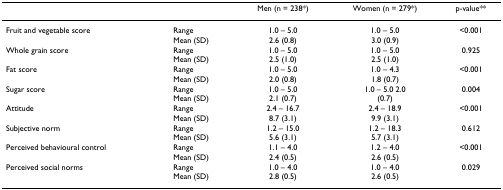
|  |  | Men (n = 238*) | Women (n = 279*) | p-value** |
 | --- | --- | --- | --- | --- |
 | Fruit and vegetable score | RangeMean (SD) | 1.0 – 5.02.6 (0.8) | 1.0 – 5.03.0 (0.9) | <0.001 |
 | Whole grain score | RangeMean (SD) | 1.0 – 5.02.5 (1.0) | 1.0 – 5.02.5 (1.0) | 0.925 |
 | Fat score | RangeMean (SD) | 1.0 – 5.02.0 (0.8) | 1.0 – 4.31.8 (0.7) | <0.001 |
 | Sugar score | RangeMean (SD) | 1.0 – 5.02.1 (0.7) | 1.0 – 5.0 2.0(0.7) | 0.004 |
 | Attitude | RangeMean (SD) | 2.4 – 16.78.7 (3.1) | 2.4 – 18.99.9 (3.1) | <0.001 |
 | Subjective norm | RangeMean (SD) | 1.2 – 15.05.6 (3.1) | 1.2 – 18.35.7 (3.1) | 0.612 |
 | Perceived behavioural control | RangeMean (SD) | 1.1 – 4.02.4 (0.5) | 1.2 – 4.02.6 (0.5) | <0.001 |
 | Perceived social norms | RangeMean (SD) | 1.0 – 4.02.8 (0.5) | 1.0 – 4.02.6 (0.5) | 0.029 |